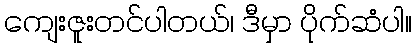
ကျေးဇူးတင်ပါတယ်၊ ဒီမှာ ပိုက်ဆံပါ။